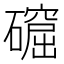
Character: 𥖚